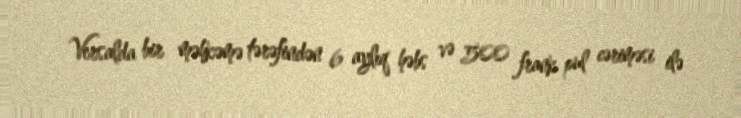
Versalda bir məhkəmə tərəfindən 6 aylıq həbs və 500 frank pul cəriməsi ilə